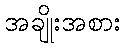
အချိုးအစား